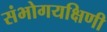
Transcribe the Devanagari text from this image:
संभोगयक्षिणी